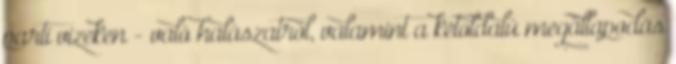
parti vizeken - való halászatról, valamint a kétoldalú megállapodás